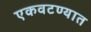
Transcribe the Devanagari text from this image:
एकवटण्यात